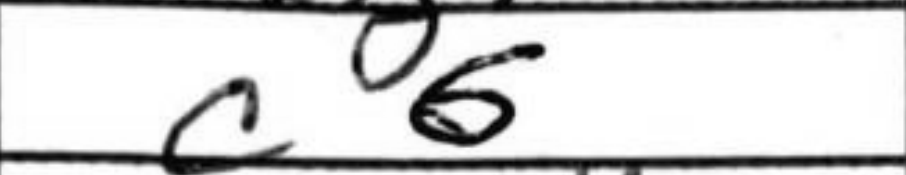
Transcription: c6